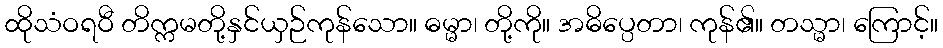
ထိုသံဝရဝီ တိက္ကမတို့နှင်ယှဉ်ကုန်သော။ ဓမ္မာ၊ တို့ကို။ အဓိပ္ပေတာ၊ ကုန်၏။ တသ္မာ၊ ကြောင့်။